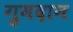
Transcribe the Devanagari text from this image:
गुमदान